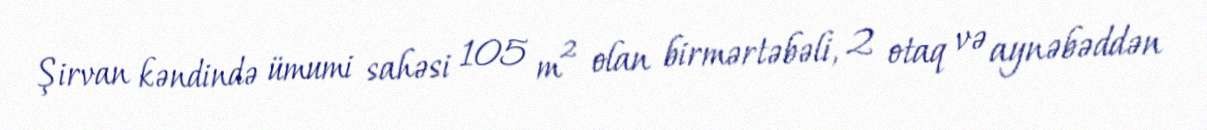
Şirvan kəndində ümumi sahəsi 105 m² olan birmərtəbəli, 2 otaq və aynəbəddən